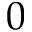
0